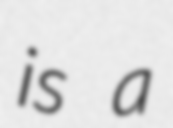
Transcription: is a